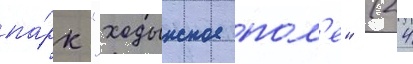
па́рк "ходынское пол'е" (24